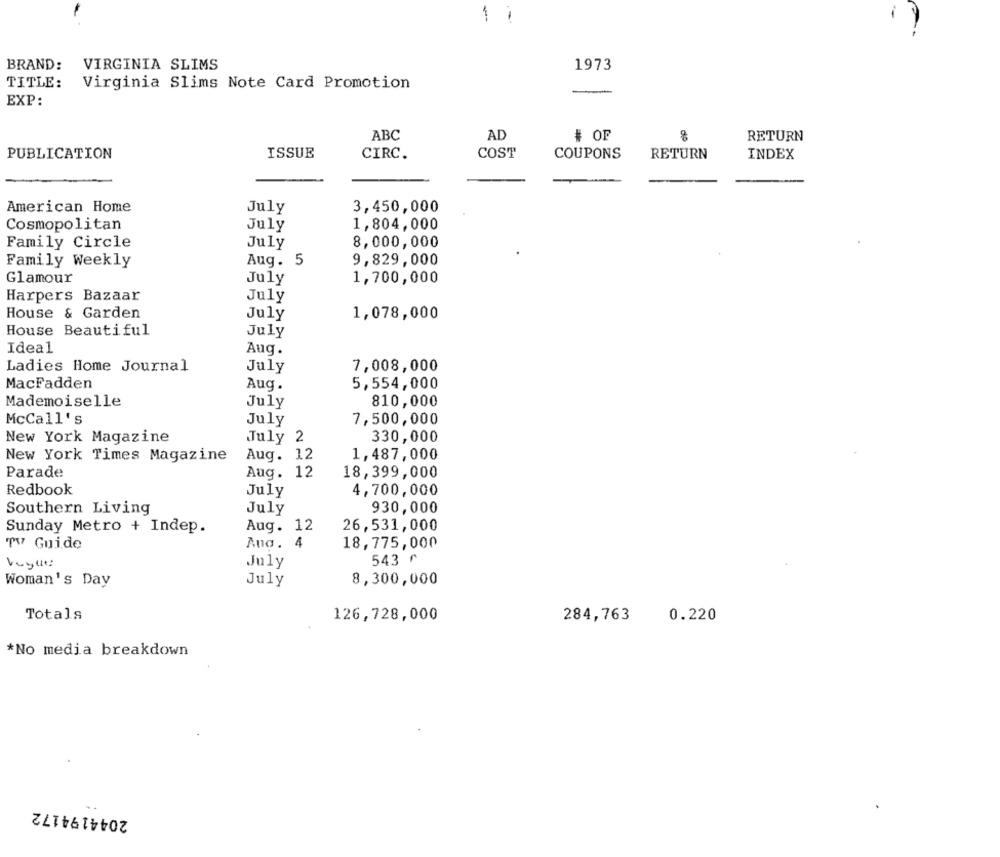
1
BRAND:
VIRGINIA SLIMS
1973
TITLE:
Virginia Slims Note Card Promotion
EXP:
ABC
AD
# OF
8
RETURN
PUBLICATION
ISSUE
CIRC.
COST
COUPONS
RETURN
INDEX
American Home
July
3,450,000
Cosmopolitan
July
1,804,000
Family Circle
July
8,000,000
Family Weekly
Aug. 5
9,829,000
Glamour
July
1,700,000
Harpers Bazaar
July
House & Garden
July
1,078,000
House Beautiful
July
Ideal
Auq.
Ladies Home Journal
July
7,008,000
MacFadden
Aug.
5,554,000
Mademoiselle
July
810,000
McCall's
July
7,500,000
New York Magazine
July 2
330,000
New York Times Magazine
Aug. 12
1,487,000
Parade
Aug. 12
18,399,000
Redbook
July
4,700,000
Southern Living
July
930,000
Sunday Metro + Indep.
Aug. 12
26,531,000
TV Guide
Ana. 4
18,775,000
July
543 ₾
Woman's Day
July
8,300,000
Totals
126,728,000
284,763
0.220
*No media breakdown
2044194172